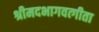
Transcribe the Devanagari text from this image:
श्रीमदभागवत्गीता